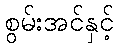
စွမ်းအင်နှင့်